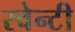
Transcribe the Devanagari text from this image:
स्वेन्‍टी